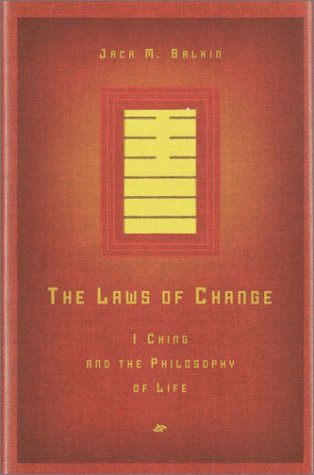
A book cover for The Laws of Change: I Ching and the Philosophy of Life; Jack M. Balkin; Religion & Spirituality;